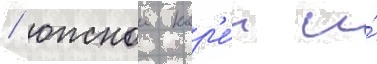
/ южнои кор'е́и и́